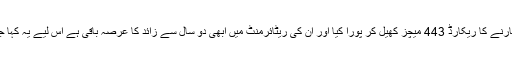
واضح رہے کہ کرس گیل نے 476 چھکے مارنے کا ریکارڈ 443 میچز کھیل کر پورا کیا اور اُن کی ریٹائرمنٹ میں ابھی دو سال سے زائد کا عرصہ باقی ہے اس لیے یہ کہا جاسکتا ہے کہ وہ یہ اعزاز اپنے نام کرلیں گے۔